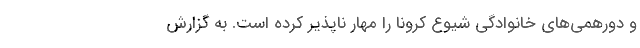
و دورهمی‌های خانوادگی شیوع کرونا را مهار ناپذیر کرده است. به گزارش